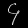
Digit: ၄